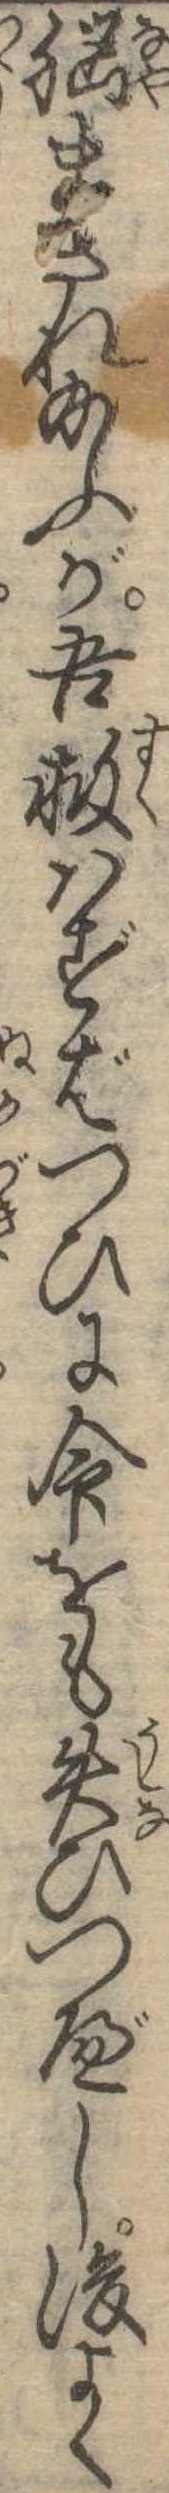
脳まされ給ふが吾救はずばつひに命をも失ひつべし後よく